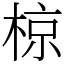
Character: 椋